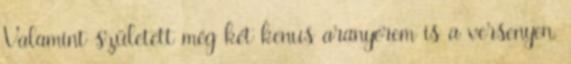
Valamint született még két kenus aranyérem is a versenyen.